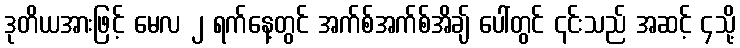
ဒုတိယအားဖြင့် မေလ ၂ ရက်နေ့တွင် အက်စ်အက်စ်အိချ် ပေါ်တွင် ၎င်းသည် အဆင့် ၄သို့